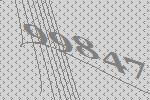
99847